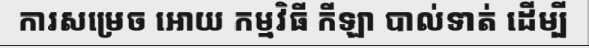
ការសម្រេច អោយ កម្មវិធី កីឡា បាល់ទាត់ ដើម្បី